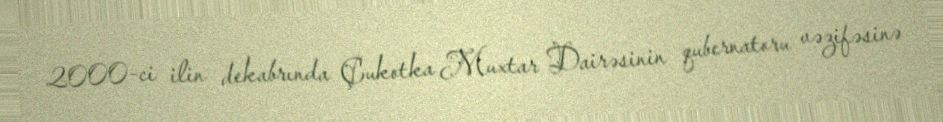
2000-ci ilin dekabrında Çukotka Muxtar Dairəsinin qubernatoru vəzifəsinə